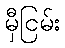
မှီငြမ်း